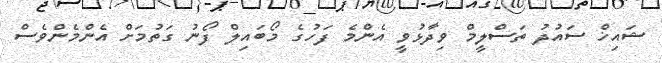
ޝައިޚް ސައުދު ތަސްލީމް ވިދާޅުވީ އެންމެ ފަހުގެ މޯބައިލް ފޯނު ގަތުމަށް އެންމެންވެސް